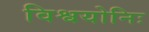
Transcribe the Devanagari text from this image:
विश्वयोनिः